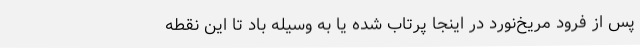
پس از فرود مریخ‌نورد در اینجا پرتاب شده یا به وسیله باد تا این نقطه